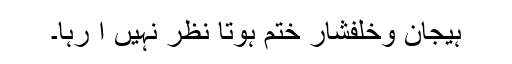
ہیجان وخلفشار ختم ہوتا نظر نہیں آ رہا۔